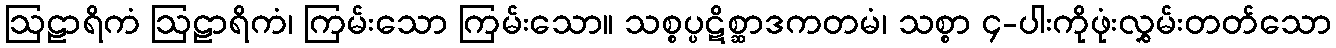
ဩဠာရိကံ ဩဠာရိကံ၊ ကြမ်းသော ကြမ်းသော။ သစ္စပ္ပဋိစ္ဆာဒကတမံ၊ သစ္စာ ၄-ပါးကိုဖုံးလွှမ်းတတ်သော